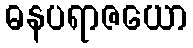
ဓနပရာဇယော